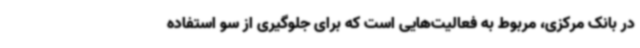
در بانک مرکزی، مربوط به فعالیت‌هایی است که برای جلوگیری از سو استفاده